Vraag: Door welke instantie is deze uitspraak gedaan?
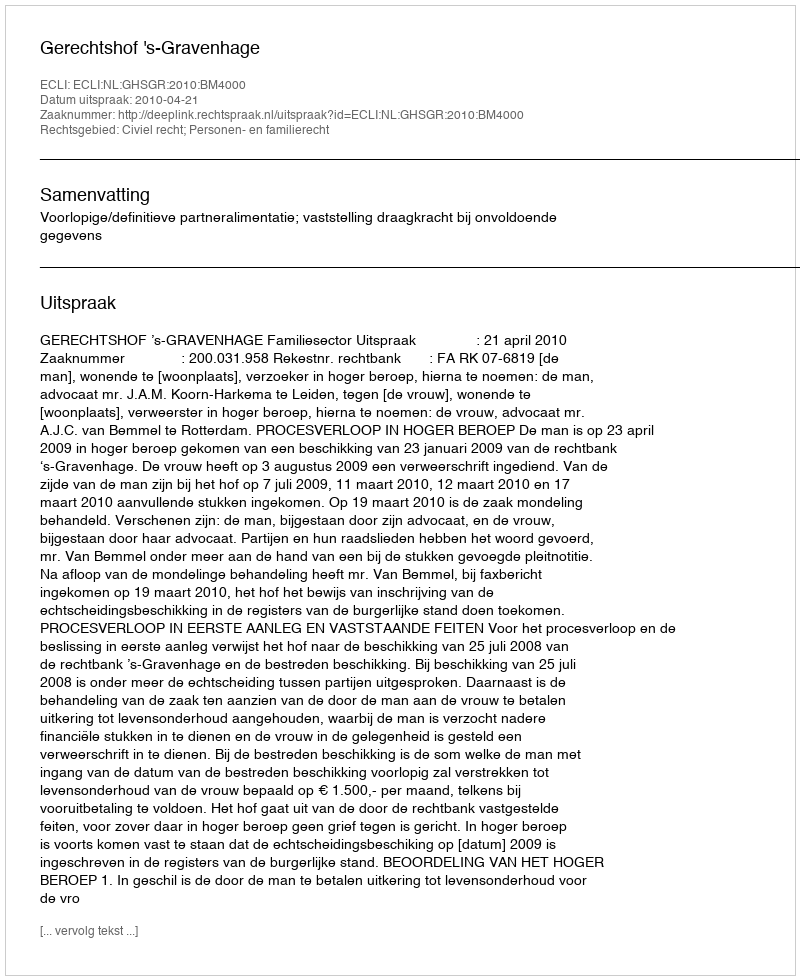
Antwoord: Gerechtshof 's-Gravenhage